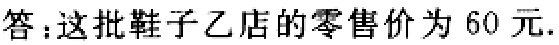
答：这批鞋子乙店的零售价为 60 元.